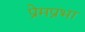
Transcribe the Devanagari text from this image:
प्रेमप्रभा